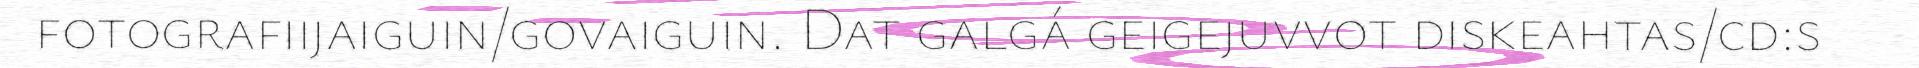
fotografiijaiguin/govaiguin. Dat galgá geigejuvvot diskeahtas/cd:s